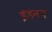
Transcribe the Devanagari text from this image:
ईडनने